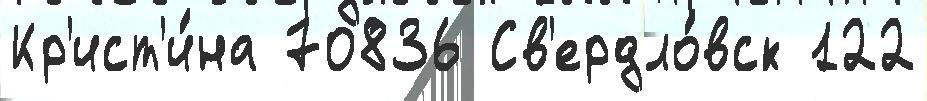
Кр'ист'и́на 70836 Св'ердло́вск 122